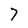
Character: 7